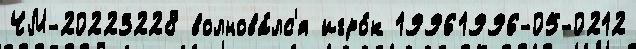
ЧМ-20223228 волнова́лс'я игро́к 19961996-05-0212